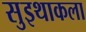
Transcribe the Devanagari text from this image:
सुइथाकला